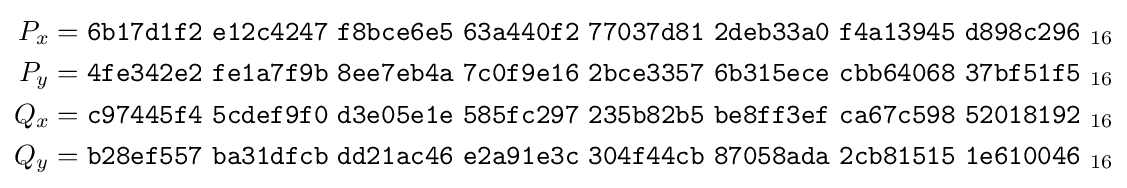
{\begin{aligned}P_{x}&={\mathtt {6b17d1f2\ e12c4247\ f8bce6e5\ 63a440f2\ 77037d81\ 2deb33a0\ f4a13945\ d898c296}}_{~16}\\P_{y}&={\mathtt {4fe342e2\ fe1a7f9b\ 8ee7eb4a\ 7c0f9e16\ 2bce3357\ 6b315ece\ cbb64068\ 37bf51f5}}_{~16}\\Q_{x}&={\mathtt {c97445f4\ 5cdef9f0\ d3e05e1e\ 585fc297\ 235b82b5\ be8ff3ef\ ca67c598\ 52018192}}_{~16}\\Q_{y}&={\mathtt {b28ef557\ ba31dfcb\ dd21ac46\ e2a91e3c\ 304f44cb\ 87058ada\ 2cb81515\ 1e610046}}_{~16}\end{aligned}}